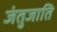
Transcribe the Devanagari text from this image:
जंतुजाति